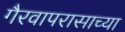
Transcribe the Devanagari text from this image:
गैरवापरासाच्या